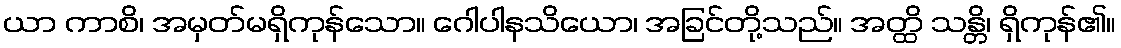
ယာ ကာစိ၊ အမှတ်မရှိကုန်သော။ ဂေါပါနသိယော၊ အခြင်တို့သည်။ အတ္ထိ သန္တိ၊ ရှိကုန်၏။